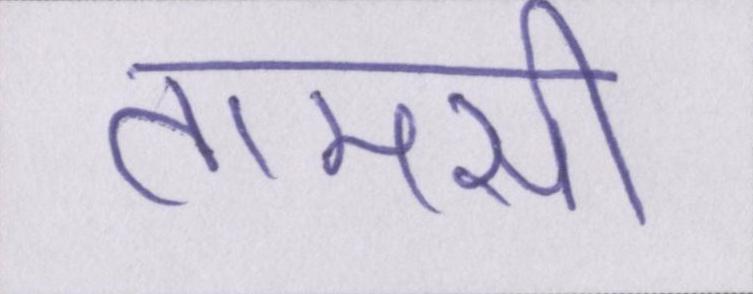
तामसी